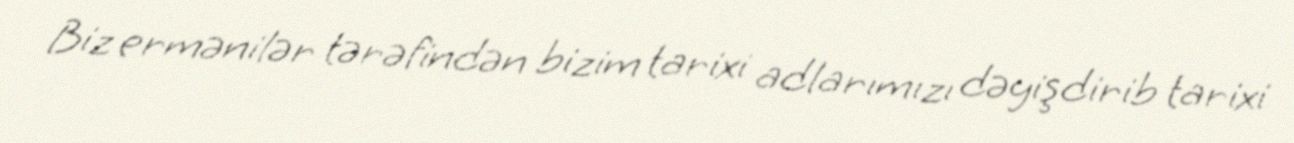
Biz ermənilər tərəfindən bizim tarixi adlarımızı dəyişdirib tarixi